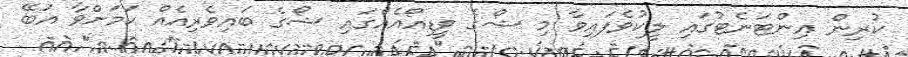
ކުރިން އިންޓަނެޓުގައި ލީކުވެފައިވާ މި ޝޯގެ ވީޑިއޯއެއްގައި ޝޯގެ ބައިވެރިއެއް ކަމަށްވާ އަބޭ